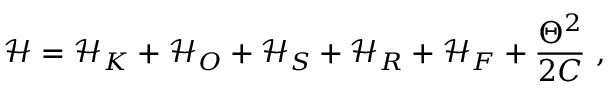
\mathcal { H } = \mathcal { H } _ { K } + \mathcal { H } _ { O } + \mathcal { H } _ { S } + \mathcal { H } _ { R } + \mathcal { H } _ { F } + \frac { \Theta ^ { 2 } } { 2 C } \ ,